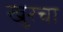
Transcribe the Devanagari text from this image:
खुरचा